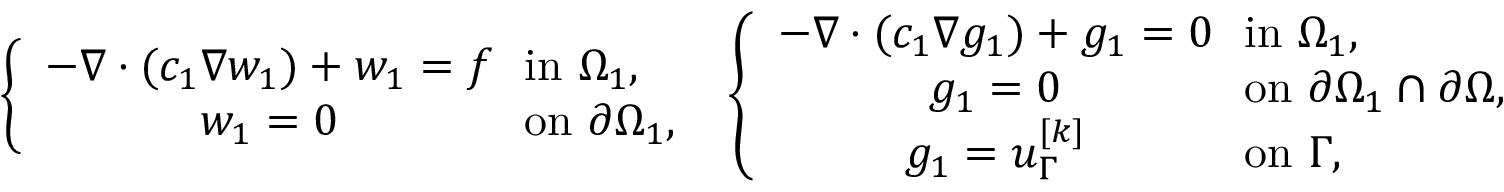
\left\{ \begin{array} { c l } { \displaystyle - \nabla \cdot ( c _ { 1 } \nabla w _ { 1 } ) + w _ { 1 } = f } & { \! \! \mathrm { i n } \ \Omega _ { 1 } , } \\ { \displaystyle w _ { 1 } = 0 } & { \! \! \mathrm { o n } \ \partial \Omega _ { 1 } , } \end{array} \right. \ \left\{ \begin{array} { c l } { \displaystyle - \nabla \cdot ( c _ { 1 } \nabla g _ { 1 } ) + g _ { 1 } = 0 } & { \! \! \mathrm { i n } \ \Omega _ { 1 } , } \\ { \displaystyle g _ { 1 } = 0 } & { \! \! \mathrm { o n } \ \partial \Omega _ { 1 } \cap \partial \Omega , } \\ { \displaystyle g _ { 1 } = u _ { \Gamma } ^ { [ k ] } } & { \! \! \mathrm { o n } \ \Gamma , } \end{array} \right.